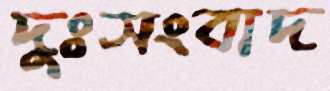
দুঃসংবাদ